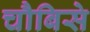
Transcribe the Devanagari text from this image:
चौबिसे